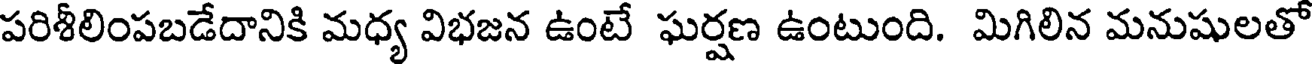
పరిశీలింపబడేదానికి మధ్య విభజన ఉంటే ఘర్షణ ఉంటుంది. మిగిలిన మనుషులతో